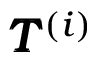
\pmb { T } ^ { ( i ) }